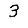
Digit: 3